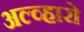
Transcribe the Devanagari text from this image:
अल्व्हारो